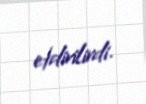
etdirilirdi.